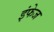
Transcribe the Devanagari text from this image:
इंफेज